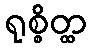
ရုစ္စိတ္ထ